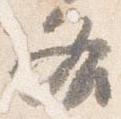
各